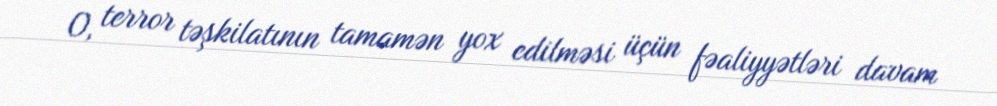
O, terror təşkilatının tamamən yox edilməsi üçün fəaliyyətləri davam